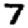
Digit: 7